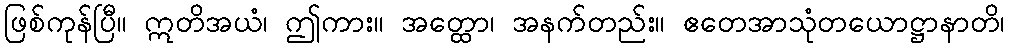
ဖြစ်ကုန်ပြီ။ ဣတိအယံ၊ ဤကား။ အတ္ထော၊ အနက်တည်း။ ဧတေအာသုံတယောဋ္ဌာနာတိ၊